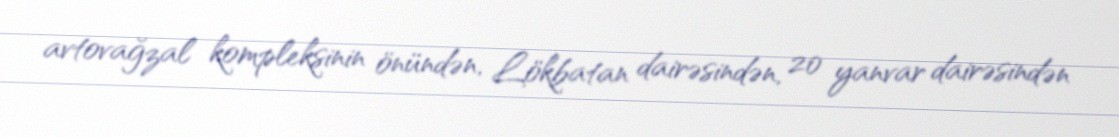
avtovağzal kompleksinin önündən, Lökbatan dairəsindən, 20 yanvar dairəsindən